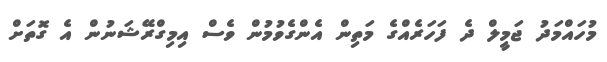
މުހައްމަދު ޖަމީލް ދެ ފަހަރެއްގެ މަތިން އެންގެވުމުން ވެސް އިމިގްރޭޝަނުން އެ ގޮތަށް